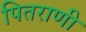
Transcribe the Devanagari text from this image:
पितराणी